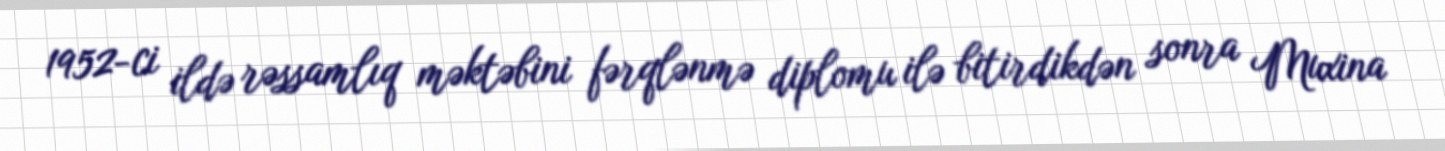
1952-ci ildə rəssamlıq məktəbini fərqlənmə diplomu ilə bitirdikdən sonra Muxina